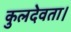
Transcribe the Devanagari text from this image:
कुलदेवता।